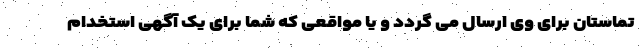
تماستان برای وی ارسال می گردد و یا مواقعی که شما برای یک آگهی استخدام